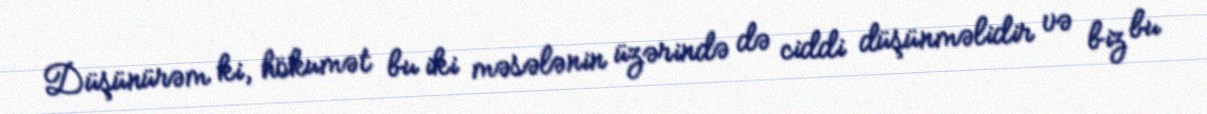
Düşünürəm ki, hökumət bu iki məsələnin üzərində də ciddi düşünməlidir və biz bu